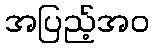
အပြည့်အဝ